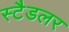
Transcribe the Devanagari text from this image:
स्टैडलर